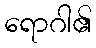
ရောဂါ၏